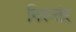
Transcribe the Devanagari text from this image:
निरन्तंर